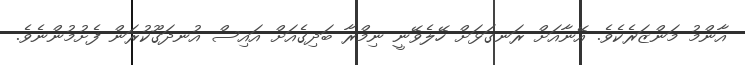
އާންމު މަންޒަރެކެވެ. އޭނާއަށް ރަނގަޅަށް ހޭލެވޭނީ ނިމްރާ ބަދިގެއަށް އައިސް އުނދަގޫކުރަން ފެށުމުންނެވެ.